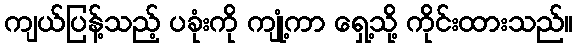
ကျယ်ပြန့်သည့် ပခုံးကို ကျုံ့ကာ ရှေ့သို့ ကိုင်းထားသည်။